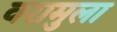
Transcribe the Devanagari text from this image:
वरामुला